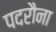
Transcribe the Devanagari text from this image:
पदरौना